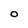
Character: 0